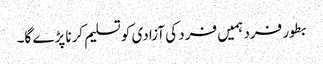
بطور فرد ہمیں فرد کی آزادی کو تسلیم کرنا پڑے گا۔